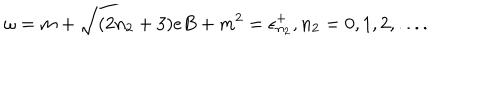
\omega = m + \sqrt { ( 2 n _ { 2 } + 3 ) e B + m ^ { 2 } } = \epsilon _ { n _ { 2 } } ^ { + } , n _ { 2 } = 0 , 1 , 2 , . . . .